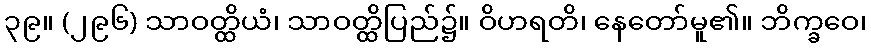
၃၉။ (၂၉၆) သာဝတ္ထိယံ၊ သာဝတ္ထိပြည်၌။ ဝိဟရတိ၊ နေတော်မူ၏။ ဘိက္ခဝေ၊